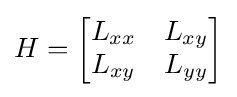
H={\begin{bmatrix}L_{xx}&L_{xy}\\L_{xy}&L_{yy}\end{bmatrix}}